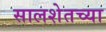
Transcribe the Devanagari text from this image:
सालशेतच्या